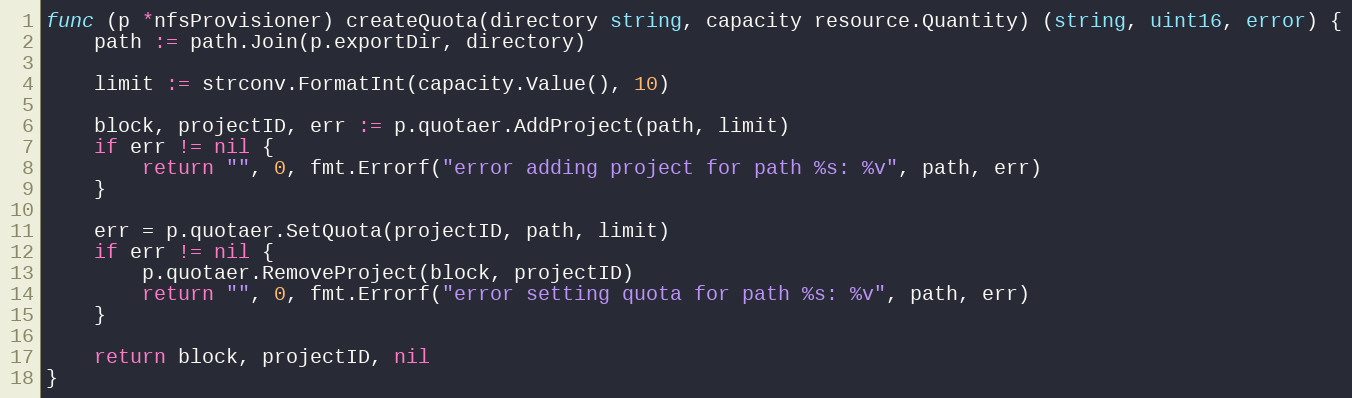
Language: Go
func (p *nfsProvisioner) createQuota(directory string, capacity resource.Quantity) (string, uint16, error) {
	path := path.Join(p.exportDir, directory)

	limit := strconv.FormatInt(capacity.Value(), 10)

	block, projectID, err := p.quotaer.AddProject(path, limit)
	if err != nil {
		return "", 0, fmt.Errorf("error adding project for path %s: %v", path, err)
	}

	err = p.quotaer.SetQuota(projectID, path, limit)
	if err != nil {
		p.quotaer.RemoveProject(block, projectID)
		return "", 0, fmt.Errorf("error setting quota for path %s: %v", path, err)
	}

	return block, projectID, nil
}